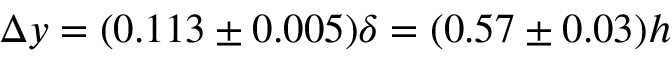
\Delta y = ( 0 . 1 1 3 \pm 0 . 0 0 5 ) \delta = ( 0 . 5 7 \pm 0 . 0 3 ) h